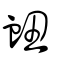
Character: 衄